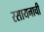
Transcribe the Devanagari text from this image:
रसायनाची